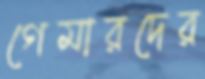
গেমারদের